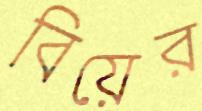
বিয়ের